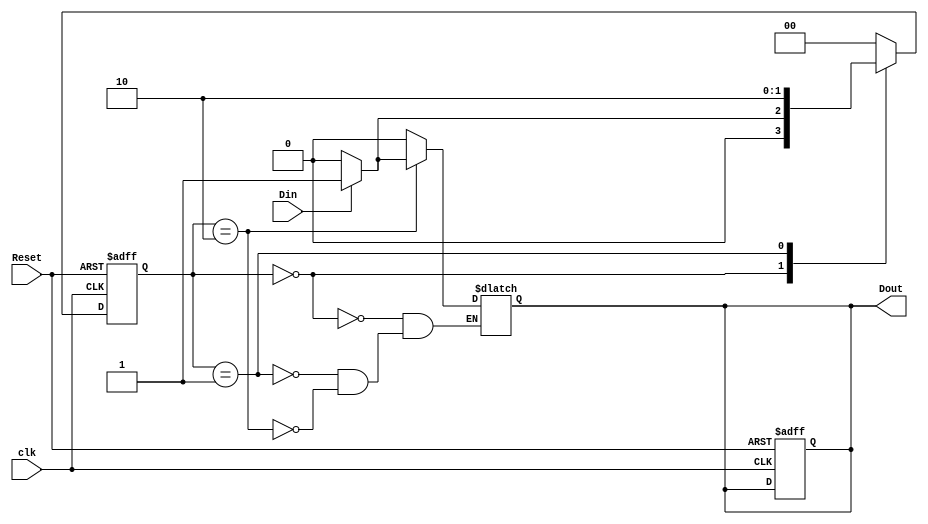
/*
 Design a Verilog behavioral model to imple
ment the finite state machine described by
 the state diagram in Fig. 8.1. Use the port
126  Chapter8: ModelingFinite State Machines
 definition provided in this figure for your design.
 Use the three-block approach to modeling
 FSMsdescribedinthis chapterfor your design.
 Model the state variables using parameters
 and encode the states in
 binary using the fol
lowingstatecodes:Start00,Midway01,
 Done  10.
*/

module fsml_behavioral (
    output reg Dout,
    input wire clk,
    input wire Reset,
    input wire Din
);
    parameter Start = 2'b00;
    parameter Midway = 2'b01;
    parameter Done = 2'b10;

    reg [1:0] state, next_state;

    always @(posedge clk or posedge Reset) begin
        if (Reset) begin
            state <= Start;
            Dout <= 1'b0; 
        end else begin
            state <= next_state;
        end
    end

    always @(*) begin
        case (state)
            Start: begin
                if (Din) begin
                    next_state = Midway;
                    Dout = 1'b0;
                end else begin
                    next_state = Start;
                    Dout = 1'b0;
                end
            end
            Midway: begin
                next_state = Done;
                Dout = 1'b0;
            end
            Done: begin
                if (Din) begin
                    next_state = Start;
                    Dout = 1'b1;
                end else begin
                    next_state = Start;
                    Dout = 1'b0;
                end
            end
            default: next_state = Start;
        endcase
    end

endmodule

module fsml_behavioral_tb;

    parameter CLK_PERIOD = 10;

    reg clk;
    reg Reset;
    reg Din;
    wire Dout;

    fsml_behavioral DUT (
        .clk(clk),
        .Reset(Reset),
        .Din(Din),
        .Dout(Dout)
    );

    always #((CLK_PERIOD / 2)) clk <= ~clk;

    initial begin
        $dumpfile("fsml_behavioral_tb.vcd");
        $dumpvars(0, fsml_behavioral_tb);

        Reset = 1;
        #20 Reset = 0;

        Din = 0;
        #20 Din = 1;
        #20 Din = 0;
        #20 Din = 1;
        #20 Din = 0;
        #20 $finish;
    end

endmodule

module fsml_behavioral_wb;

    reg clk;
    reg Reset;
    reg Din;
    wire Dout;

    fsml_behavioral DUT (
        .clk(clk),
        .Reset(Reset),
        .Din(Din),
        .Dout(Dout)
    );
    initial begin
        clk = 0;
    end

    always #5 clk <= ~clk;

    initial begin
        $monitor ("Time,,, %0d, Reset: %b, Din: %b, Dout: %b, clk: %b, current_state: %b", $time, Reset, Din, Dout, clk, DUT.state);
        $dumpfile("fsml_behavioral_wb.vcd");
        $dumpvars(0, fsml_behavioral_wb);

        Reset = 1;
        #20 Reset = 0;

        Din = 0;
        #10 Din = 1;
        #10 Din = 0;
        #10 Din = 1;
        #10 Din = 0;
        #10 Din = 1;
        #10 Din = 0;

        #50 $finish;
    end

endmodule